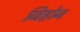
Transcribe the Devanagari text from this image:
जिहोन